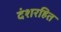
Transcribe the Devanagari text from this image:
दंशरहित